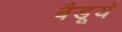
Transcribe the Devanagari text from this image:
बैडूर्य